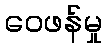
ဝေဖန်မှု